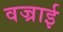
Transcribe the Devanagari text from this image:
वज्राई